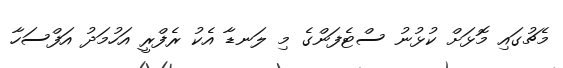
މެޗުގައި މޮޅަށް ކުޅުނު ސްޓެފަންގެ މި ލަނޑާ އެކު ރެފްރީ އަހުމަދު އަފްސަހާ